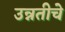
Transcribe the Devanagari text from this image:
उन्नतीचे